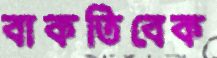
বাকতিবেক